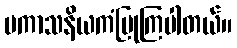
ပကာသနိယကံပြုကြပါတယ်။